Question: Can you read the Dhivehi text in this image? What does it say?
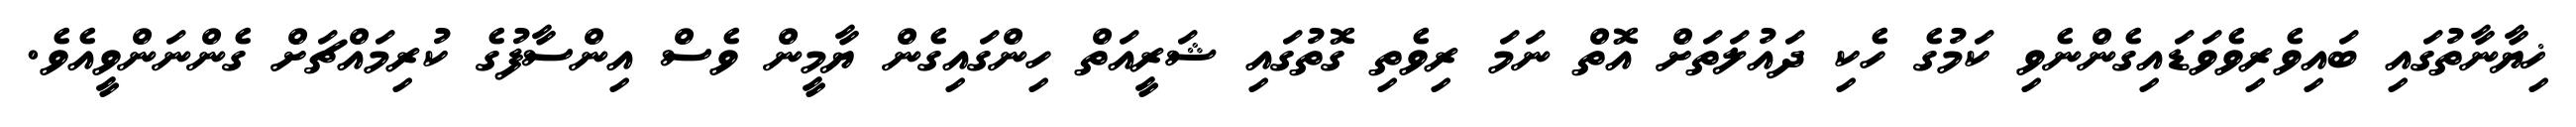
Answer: ޚިޔާނާތުގައި ބައިވެރިވެވަޑައިގެންނެވި ކަމުގެ ހެކި ދައުލަތަށް އޮތް ނަމަ ރިވެތި ގޮތުގައި ޝަރީއަތް ހިންގައިގެން ޔާމީން ވެސް އިންސާފުގެ ކުރިމައްޗަށް ގެންނަންވީއެވެ.